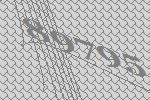
89795